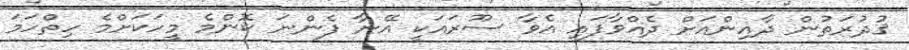
ޤުދުރަތުން ދާއިންއަށް ދެއްވާފައި އެވާ ސޫރައަކީ އޭނާ ފެންނަ ކޮންމެ މީހަކަށްމެ ހިތްހަމަ